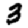
Digit: 3